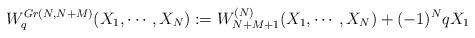
LaTeX: \begin{align*}W_{q}^{Gr(N,N+M)}(X_{1},\cdots,X_{N}):= W_{N+M+1}^{(N)}(X_{1},\cdots,X_{N})+(-1)^NqX_{1}\end{align*}